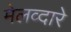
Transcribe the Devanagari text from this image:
मेलव्दारे